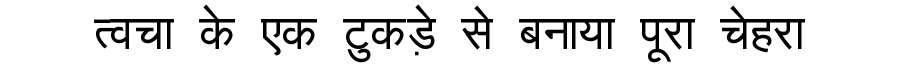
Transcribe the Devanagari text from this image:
त्वचा के एक टुकड़े से बनाया पूरा चेहरा